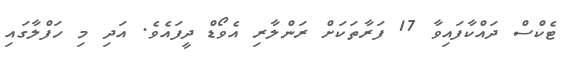
ޓެކްސް ދައްކާފައިވާ 17 ފަރާތަކަށް ރަންލާރި އެވޯޑް ދީފައެވެ. އަދި މި ހަފްލާގައި